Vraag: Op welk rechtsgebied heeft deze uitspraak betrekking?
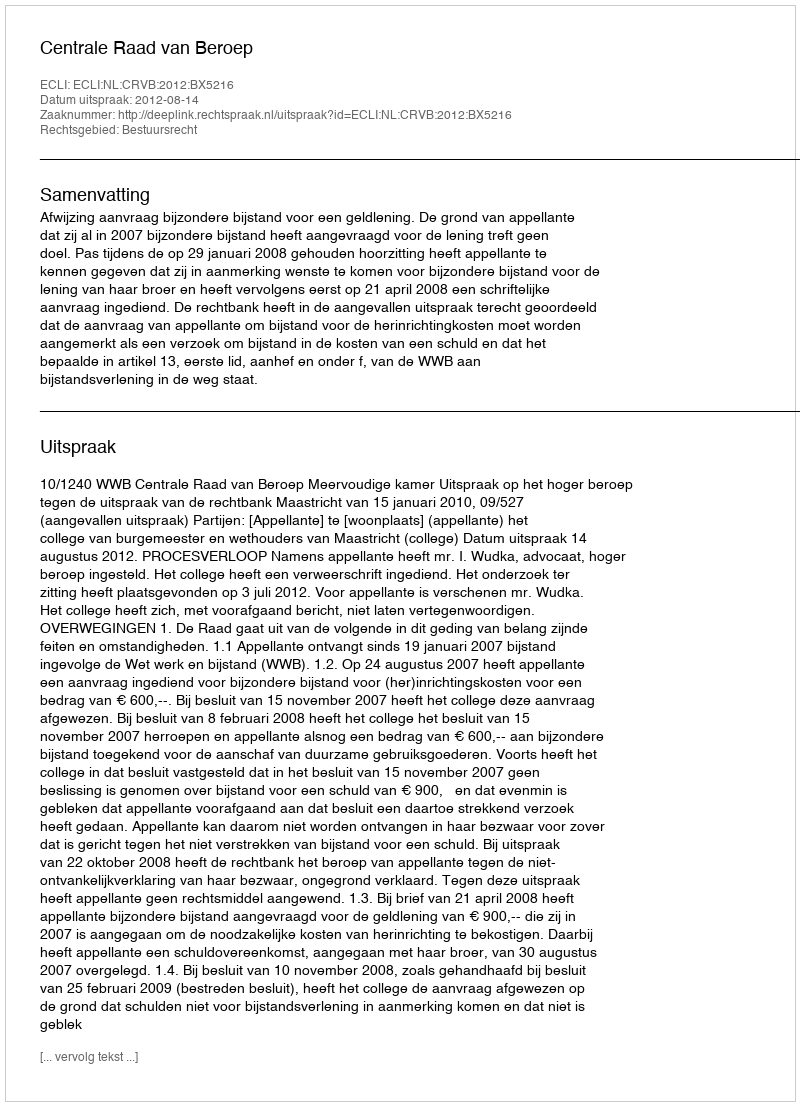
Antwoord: Bestuursrecht